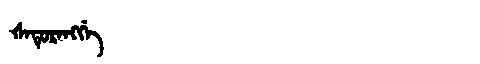
Manchu: ᡧᠠᡨᡠᡵᠠᠩᡤᡝ
Romanization: ŠATURANGGE